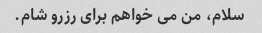
سلام، من می خواهم برای رزرو شام.